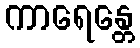
ကာရေန္တေ